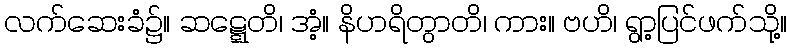
လက်ဆေးခံ၌။ ဆဋ္ဋေတိ၊ အံ့။ နိဟရိတွာတိ၊ ကား။ ဗဟိ၊ ရွာ့ပြင်ဖက်သို့။